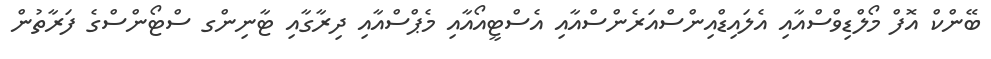
ބޭންކް އޮފް މޯލްޑިވްސްއާއި އެލައިޑްއިންސްއަރެންސްއާއި އެސްޓީއޯއާއި މެޕްސްއާއި ދިރާގާއި ޓާނިންގ ސްޓޯންސްގެ ފަރާތުން